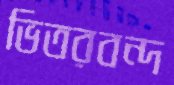
ভিতরবন্দ